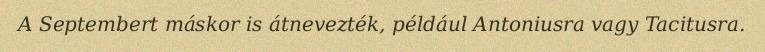
A Septembert máskor is átnevezték, például Antoniusra vagy Tacitusra.